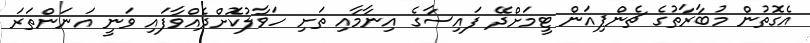
އެގޮތުން މުބާރާތުގެ ޗެންޕިއަން ޓީމަށްދޭ ފައިސާގެ އިނާމާއި ތަށި ހަވާލުކޮށްދެއްވާފައި ވަނީ އަނަންތަރަ